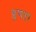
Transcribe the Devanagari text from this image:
भ्रूणहा